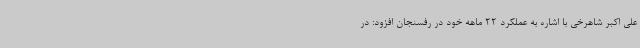
علی اکبر شاهرخی با اشاره به عملکرد 22 ماهه خود در رفسنجان افزود: در